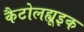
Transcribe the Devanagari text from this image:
कैटोलह्यूइक